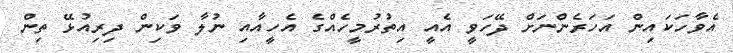
އެވާހަކައިން އަހަރެންނަށް ދޭހަވީ އެއީ އިތުރުމީހެއްގެ އެހީއާއި ނުލާ ވަކިން ދިރިއުޅޭ ތިން